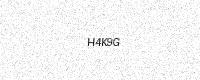
Text: H4K9G